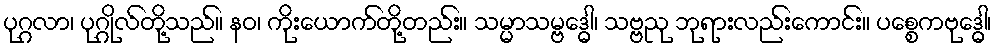
ပုဂ္ဂလာ၊ ပုဂ္ဂိုလ်တို့သည်။ နဝ၊ ကိုးယောက်တို့တည်း။ သမ္မာသမ္ဗဒ္ဓေါ၊ သဗ္ဗညု ဘုရားလည်းကောင်း။ ပစ္စေကဗုဒ္ဓေါ၊